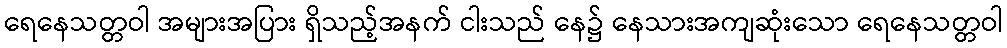
ရေနေသတ္တဝါ အများအပြား ရှိသည့်အနက် ငါးသည် နေ၌ နေသားအကျဆုံးသော ရေနေသတ္တဝါ